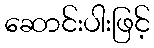
ဆောင်းပါးဖြင့်